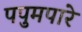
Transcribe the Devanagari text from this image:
पपुमपारे